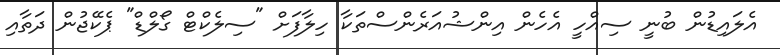
އެލައިޑުން ބުނީ ސިއްހީ އެހެން އިންޝުއަރެންސްތަކާ ހިލާފަށް "ސިލެކްޓް ގޯލްޑް" ޕެކޭޖުން ދަތާއި